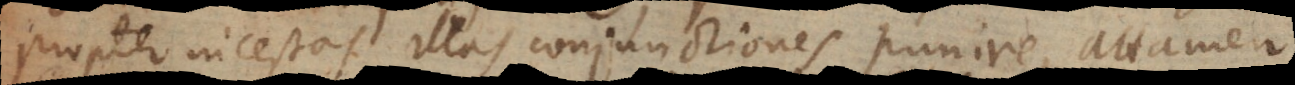
propter incestas illas conjunctiones punire, attamen